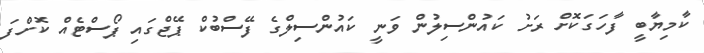
ކާމިޔާބީ ފާހަގަކޮށް ރަށު ކައުންސިލުން ވަނީ ކައުންސިލްގެ ފޭސްބުކް ޕޭޖްގައި ޕޯސްޓެއް ކޮށްފަ